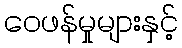
ဝေဖန်မှုများနှင့်